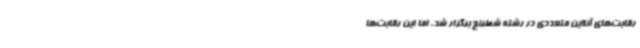
رقابت‌های آنلاین متعددی در رشته شطرنج برگزار شد، اما این رقابت‌ها